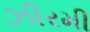
ઝીરમી